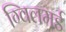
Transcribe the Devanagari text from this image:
ग्विलमर्ड